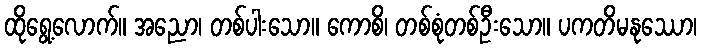
ထိုရွေ့လောက်။ အညော၊ တစ်ပါးသော။ ကောစိ၊ တစ်စုံတစ်ဦးသော။ ပကတိမနုဿော၊